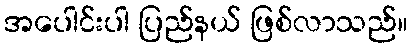
အပေါင်းပါ ပြည်နယ် ဖြစ်လာသည်။